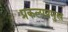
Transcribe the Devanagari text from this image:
प्रकल्पप्रमुख